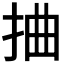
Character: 𢬑